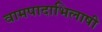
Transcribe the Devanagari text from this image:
वामपादाभिलाषी